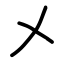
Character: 㐅